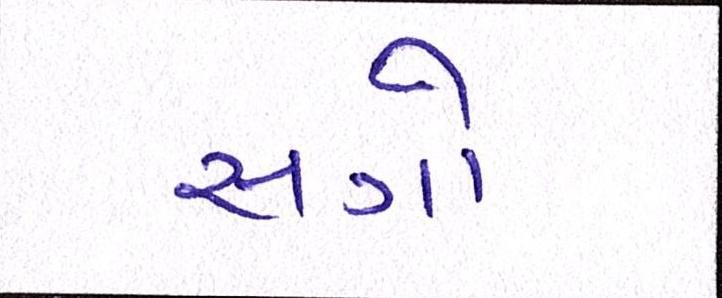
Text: સગો